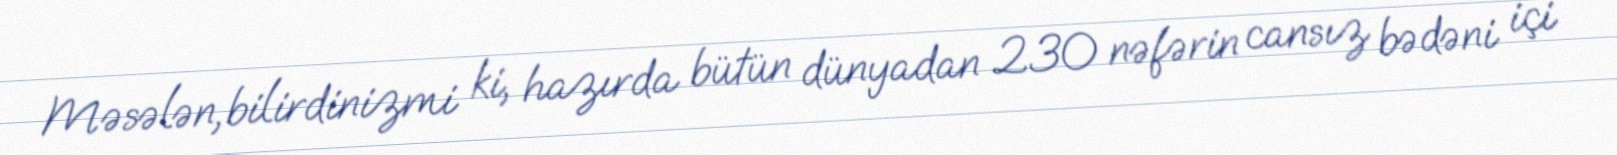
Məsələn, bilirdinizmi ki, hazırda bütün dünyadan 230 nəfərin cansız bədəni içi